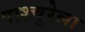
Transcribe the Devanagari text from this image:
पाश्चुरेला